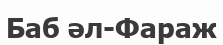
Баб әл-Фараж